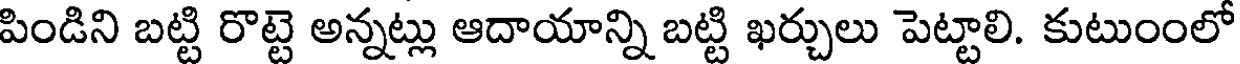
పిండిని బట్టి రొట్టె అన్నట్లు ఆదాయాన్ని బట్టి ఖర్చులు పెట్టాలి. కుటుంంలో